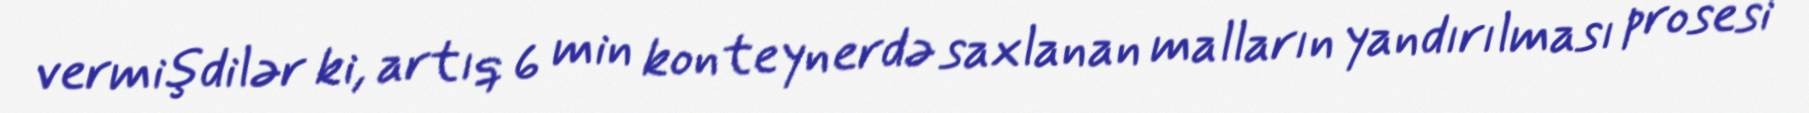
vermişdilər ki, artıq 6 min konteynerdə saxlanan malların yandırılması prosesi